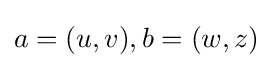
a=(u,v),b=(w,z)